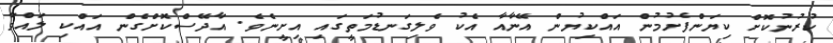
ކުރުނުކޮށް ކިޔަންފެށުމުން އައްކިޔުން އޭނާއާ އެކު ވެލިގަނޑުމަތީގައި އިށީނެވެ. އާދޭސްކޮށްގެން އައްކި ލައްވާ